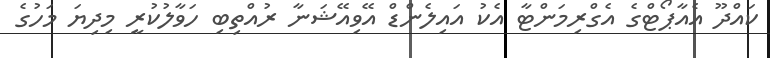
ކައްދޫ އެއާޕޯޓްގެ އެގްރިމަންޓާ އެކު އައިލެންޑް އޭވިއޭޝަނާ ރުއްތިބި ހަވާލުކުރީ މިދިޔަ މަހުގެ